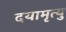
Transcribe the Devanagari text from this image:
दयामृत्यु